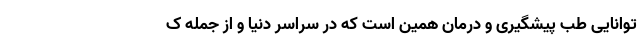
توانایی طب پیشگیری و درمان همین‌ است که در سراسر دنیا و از جمله ک